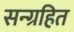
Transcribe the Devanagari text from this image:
सन्ग्रहित